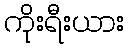
ကိုးရီးယား